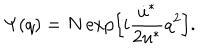
LaTeX: \Psi ( q ) = N \exp \Bigl [ i \frac { \dot { u } ^ { * } } { 2 u ^ { * } } q ^ { 2 } \Bigr ] .